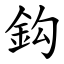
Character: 鈎